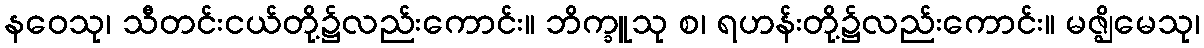
နဝေသု၊ သီတင်းငယ်တို့၌လည်းကောင်း။ ဘိက္ခူသု စ၊ ရဟန်းတို့၌လည်းကောင်း။ မဇ္ဈိမေသု၊